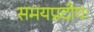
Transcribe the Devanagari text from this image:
समयप्रदीपः